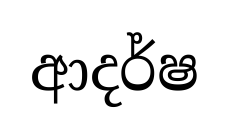
ආදර්ෂ